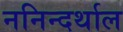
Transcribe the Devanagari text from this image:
ननिन्दर्थाल